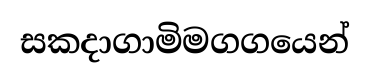
සකදාගාමිමගගයෙන්